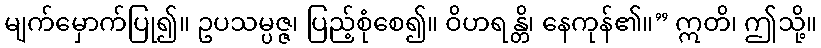
မျက်မှောက်ပြု၍။ ဥပသမ္ပဇ္ဇ၊ ပြည့်စုံစေ၍။ ဝိဟရန္တိ၊ နေကုန်၏။” ဣတိ၊ ဤသို့။